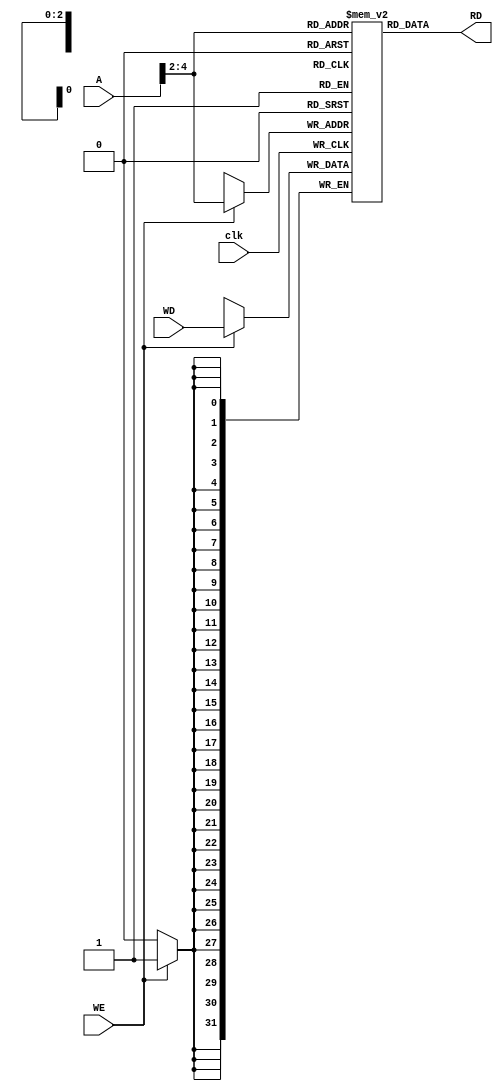
// dmem.v

module dmem(RD,A,WD,WE,clk);
  output  [31:0]  RD;
  input   [31:0]  A, WD;
  input           WE, clk;
  

  reg     [31:0]  RD;

  reg     [31:0]  dMem [7:0];

  always @(posedge clk)
    if(WE)
      dMem[A[4:2]] <= WD;

  always @(A,dMem[A[4:2]])
    RD = dMem[A[4:2]];
endmodule